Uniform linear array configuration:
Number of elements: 48
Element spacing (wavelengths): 0.5
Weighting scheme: uniform
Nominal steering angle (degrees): -15
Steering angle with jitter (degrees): -15.599
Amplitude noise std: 0.05
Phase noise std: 0.05

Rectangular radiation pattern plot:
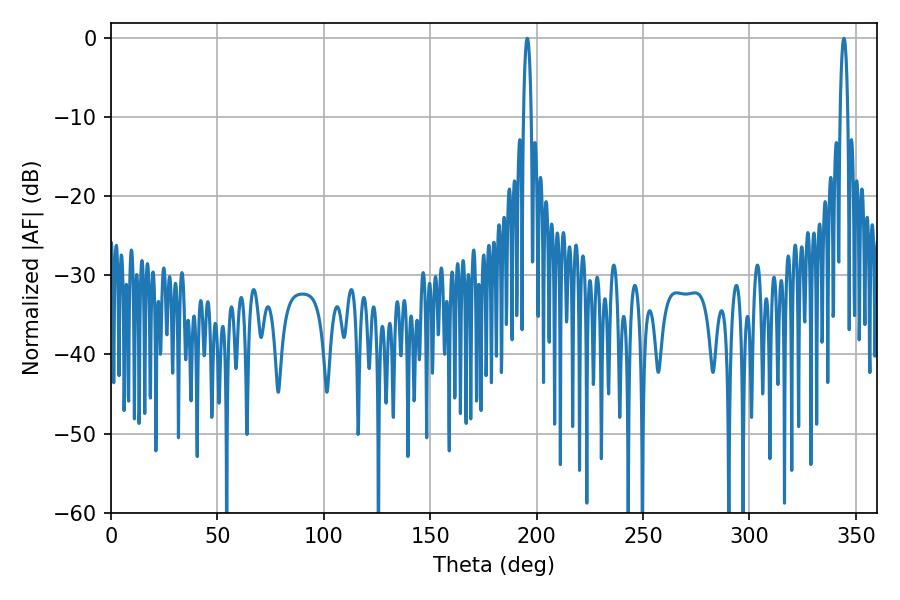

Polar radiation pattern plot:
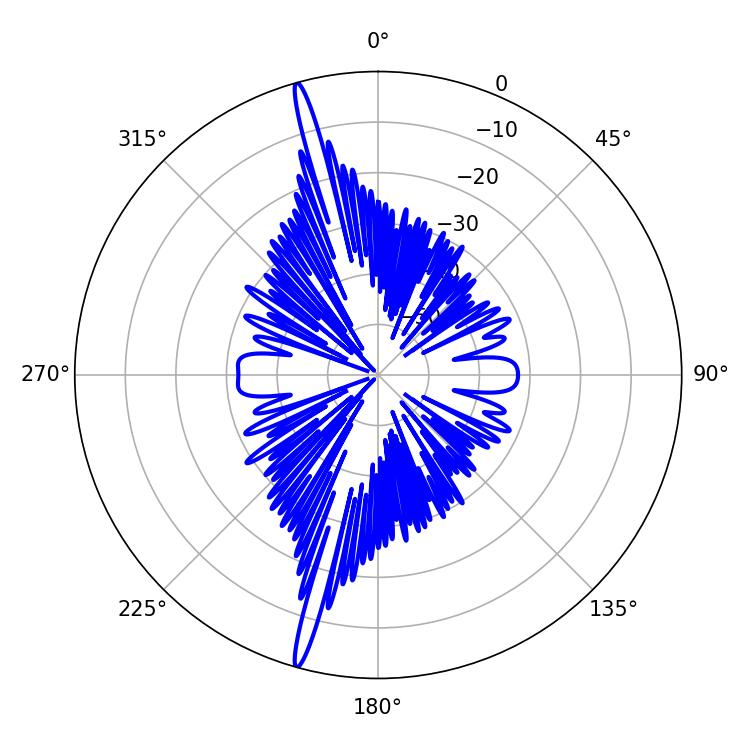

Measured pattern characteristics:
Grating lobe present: FALSE
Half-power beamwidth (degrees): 1.98
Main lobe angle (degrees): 195.66